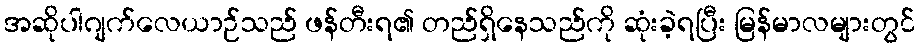
အဆိုပါဂျက်လေယာဉ်သည် ဖန်တီးရ၏ တည်ရှိနေသည်ကို ဆုံးခဲ့ရပြီး မြန်မာလများတွင်